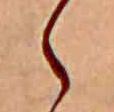
ゝ